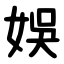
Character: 娛